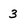
Character: 3